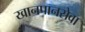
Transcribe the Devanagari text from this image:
खानपानसेवा